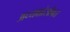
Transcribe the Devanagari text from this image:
अध्यक्षांसोबत